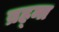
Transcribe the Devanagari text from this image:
ब्रह्‍मा